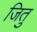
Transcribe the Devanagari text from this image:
जितु